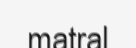
matral